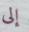
إلى